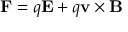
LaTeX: \mathbf { F } = q \mathbf { E } + q \mathbf { v } \times \mathbf { B }